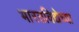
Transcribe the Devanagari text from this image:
भारतविद्येच्या